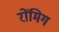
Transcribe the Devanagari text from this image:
रोंमिग